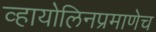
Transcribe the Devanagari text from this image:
व्हायोलिनप्रमाणेच